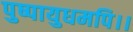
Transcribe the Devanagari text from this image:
पुष्पायुधमपि।।